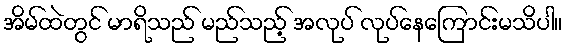
အိမ်ထဲတွင် မာရိသည် မည်သည့် အလုပ် လုပ်နေကြောင်းမသိပါ။